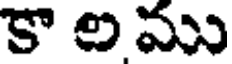
కా ల ము